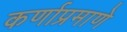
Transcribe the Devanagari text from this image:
कर्णाप्रमाणे